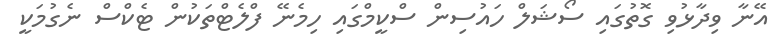
އޭނާ ވިދާޅުވި ގޮތުގައި ސޯޝަލް ހައުސިން ސްކީމްގައި ހިމެނޭ ފްލެޓްތަކުން ޓެކްސް ނެގުމަކީ